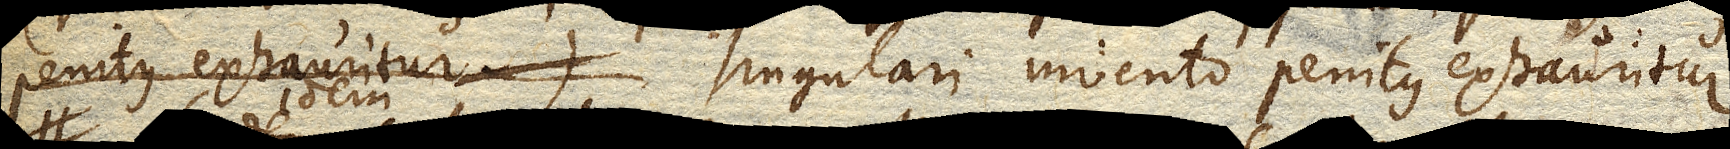
penitus exhauritur) singulari momento penitus exhauritur.